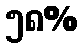
၅၈%